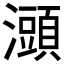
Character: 𤃌